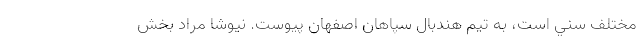
مختلف سني است، به تیم هندبال سپاهان اصفهان پیوست. نیوشا مراد بخش